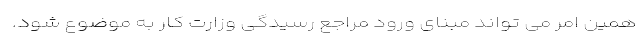
همین امر می تواند مبنای ورود مراجع رسیدگی وزارت کار به موضوع شود.